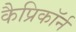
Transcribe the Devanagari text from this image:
कैप्रिकॉर्न